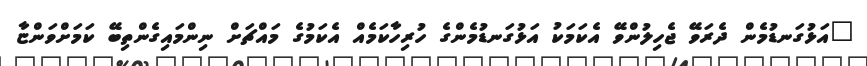
"އަޅުގަނޑުމެން ދެރަވޭ ޖެހިލުންވޭ އެކަމަކު އަޅުގަނޑުމެންގެ ހުރިހާކަމެއް އެކަމުގެ މައްޗަށް ނިންމައިގެންތިބޭ ކަމަށްވަންޏާ